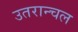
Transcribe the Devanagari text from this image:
उतरान्चल